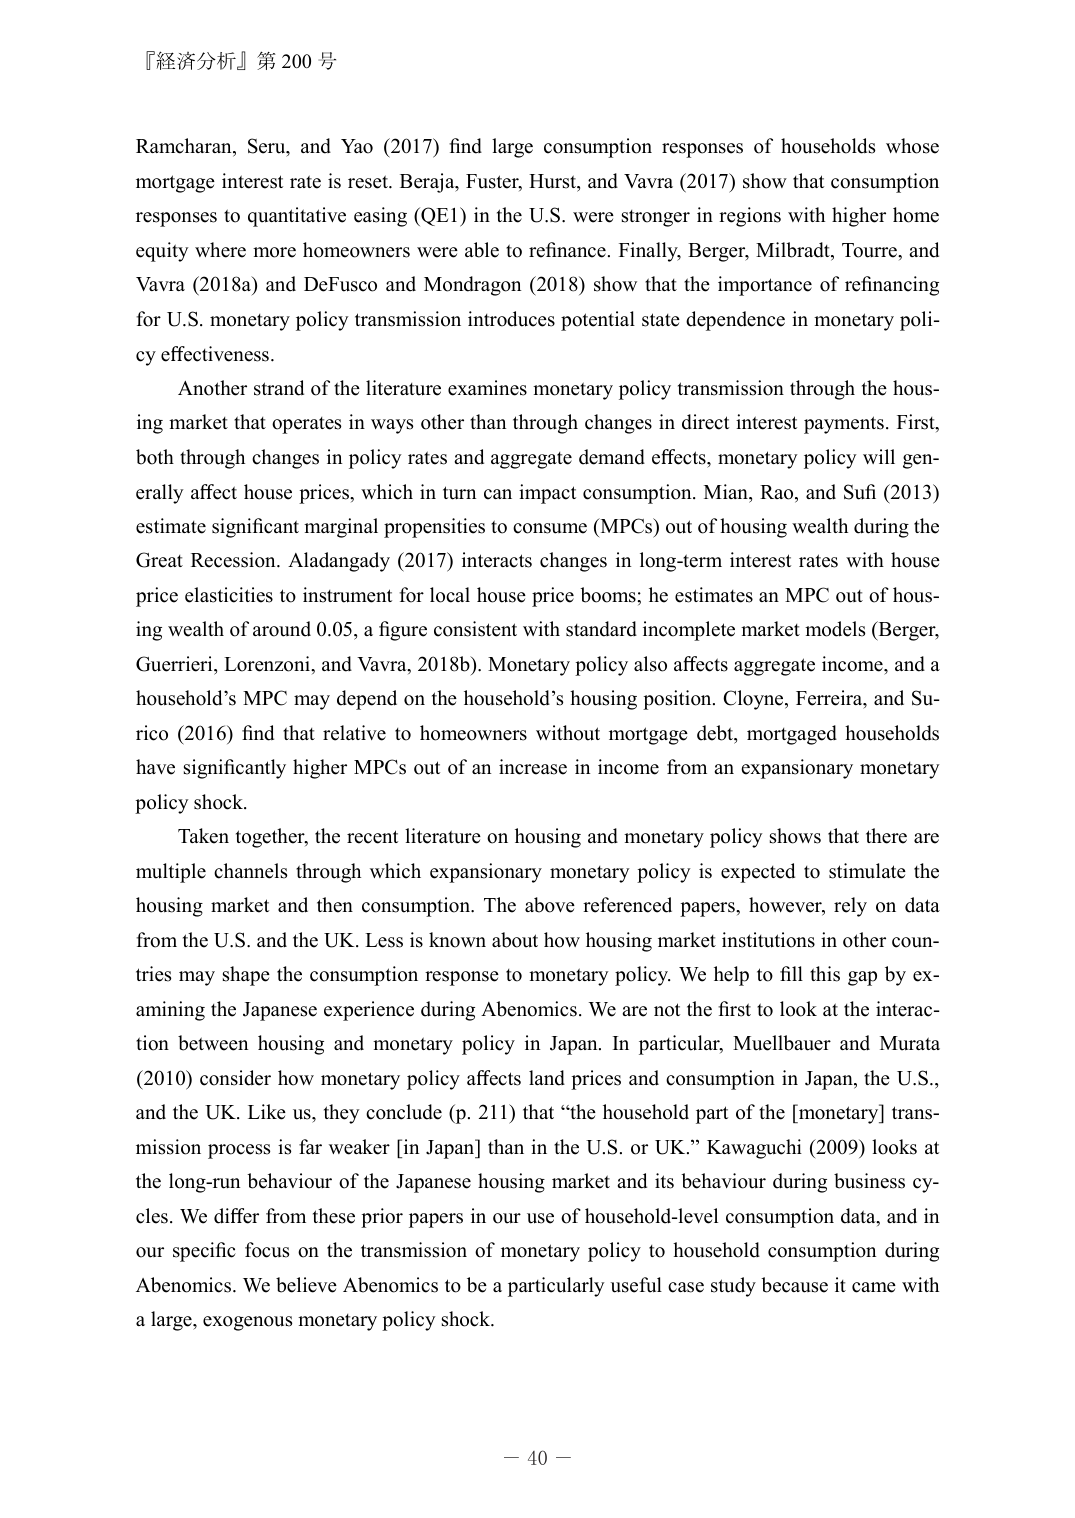
『経済分析』第200号

Ramcharan, Seru, and Yao (2017) find large consumption responses of households whose mortgage interest rate is reset. Beraja, Fuster, Hurst, and Vavra (2017) show that consumption responses to quantitative easing (QE1) in the U.S. were stronger in regions with higher home equity where more homeowners were able to refinance. Finally, Berger, Milbradt, Tourre, and Vavra (2018a) and DeFusco and Mondragon (2018) show that the importance of refinancing for U.S. monetary policy transmission introduces potential state dependence in monetary policy effectiveness.

Another strand of the literature examines monetary policy transmission through the housing market that operates in ways other than through changes in direct interest payments. First, both through changes in policy rates and aggregate demand effects, monetary policy will generally affect house prices, which in turn can impact consumption. Mian, Rao, and Sufi (2013) estimate significant marginal propensities to consume (MPCs) out of housing wealth during the Great Recession. Aladangady (2017) interacts changes in long-term interest rates with house price elasticities to instrument for local house price booms; he estimates an MPC out of housing wealth of around 0.05, a figure consistent with standard incomplete market models (Berger, Guerrieri, Lorenzoni, and Vavra, 2018b). Monetary policy also affects aggregate income, and a household’s MPC may depend on the household’s housing position. Cloyne, Ferreira, and Surico (2016) find that relative to homeowners without mortgage debt, mortgaged households have significantly higher MPCs out of an increase in income from an expansionary monetary policy shock.

Taken together, the recent literature on housing and monetary policy shows that there are multiple channels through which expansionary monetary policy is expected to stimulate the housing market and then consumption. The above referenced papers, however, rely on data from the U.S. and the UK. Less is known about how housing market institutions in other countries may shape the consumption response to monetary policy. We help to fill this gap by examining the Japanese experience during Abenomics. We are not the first to look at the interaction between housing and monetary policy in Japan. In particular, Muellbauer and Murata (2010) consider how monetary policy affects land prices and consumption in Japan, the U.S., and the UK. Like us, they conclude (p. 211) that “the household part of the [monetary] transmission process is far weaker [in Japan] than in the U.S. or UK.” Kawaguchi (2009) looks at the long-run behaviour of the Japanese housing market and its behaviour during business cycles. We differ from these prior papers in our use of household-level consumption data, and in our specific focus on the transmission of monetary policy to household consumption during Abenomics. We believe Abenomics to be a particularly useful case study because it came with a large, exogenous monetary policy shock.

－ 40 －